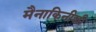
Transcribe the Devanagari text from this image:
मैनाकिनीशी